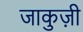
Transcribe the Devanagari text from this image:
जाकुज़ी